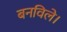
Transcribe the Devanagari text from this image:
बनविले।